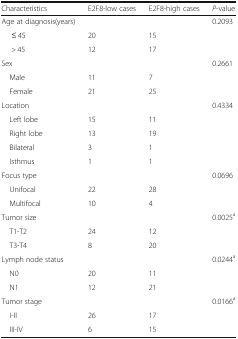
<table><thead><tr><td><b>Characteristics</b></td><td><b>E2F8-low cases</b></td><td><b>E2F8-high cases</b></td><td><b><i>P</i>-value</b></td></tr></thead><tbody><tr><td>Age at diagnosis(years)</td><td></td><td></td><td>0.2093</td></tr><tr><td>≤ 45</td><td>20</td><td>15</td><td></td></tr><tr><td>&gt; 45</td><td>12</td><td>17</td><td></td></tr><tr><td>Sex</td><td></td><td></td><td>0.2661</td></tr><tr><td> Male</td><td>11</td><td>7</td><td></td></tr><tr><td> Female</td><td>21</td><td>25</td><td></td></tr><tr><td>Location</td><td></td><td></td><td>0.4334</td></tr><tr><td> Left lobe</td><td>15</td><td>11</td><td></td></tr><tr><td> Right lobe</td><td>13</td><td>19</td><td></td></tr><tr><td> Bilateral</td><td>3</td><td>1</td><td></td></tr><tr><td> Isthmus</td><td>1</td><td>1</td><td></td></tr><tr><td>Focus type</td><td></td><td></td><td>0.0696</td></tr><tr><td> Unifocal</td><td>22</td><td>28</td><td></td></tr><tr><td> Multifocal</td><td>10</td><td>4</td><td></td></tr><tr><td>Tumor size</td><td></td><td></td><td>0.0025<sup>a</sup></td></tr><tr><td> T1-T2</td><td>24</td><td>12</td><td></td></tr><tr><td> T3-T4</td><td>8</td><td>20</td><td></td></tr><tr><td>Lymph node status</td><td></td><td></td><td>0.0244<sup>a</sup></td></tr><tr><td> N0</td><td>20</td><td>11</td><td></td></tr><tr><td> N1</td><td>12</td><td>21</td><td></td></tr><tr><td>Tumor stage</td><td></td><td></td><td>0.0166<sup>a</sup></td></tr><tr><td> I-II</td><td>26</td><td>17</td><td></td></tr><tr><td> III-IV</td><td>6</td><td>15</td><td></td></tr></tbody></table>